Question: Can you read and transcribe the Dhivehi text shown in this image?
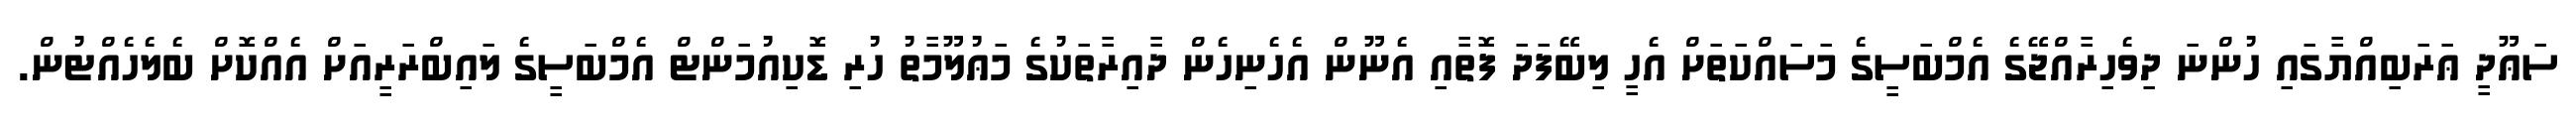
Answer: ސަޢޫދީ ޢަރަބިއްޔާގައި ހުންނަ ދިވެހިރާއްޖޭގެ އެމްބަސީގެ މަސައްކަތަށް އެހީ ލިބޭފަދަ ފޮތާއި އެނޫން އެހެނިހެން ދާއިރާތަކުގެ މަޢުލޫމާތު ހުރި ޑޮކިއުމަންޓް އެމްބަސީގެ ލައިބްރަރީއަށް އެއްކޮށް ބެލެހެއްޓުން.